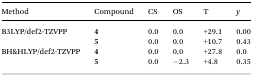
<table><thead><tr><td><b>Method</b></td><td><b>Compound</b></td><td><b>CS</b></td><td><b>OS</b></td><td><b>T</b></td><td><b><i>y</i></b></td></tr></thead><tbody><tr><td rowspan="2">B3LYP/def2-TZVPP</td><td><b>4</b></td><td>0.0</td><td>0.0</td><td>+29.1</td><td>0.00</td></tr><tr><td><b>5</b></td><td>0.0</td><td>0.0</td><td>+10.7</td><td>0.43</td></tr><tr><td rowspan="2">BH&amp;HLYP/def2-TZVPP</td><td><b>4</b></td><td>0.0</td><td>0.0</td><td>+27.8</td><td>0.0</td></tr><tr><td><b>5</b></td><td>0.0</td><td>–2.3</td><td>+4.8</td><td>0.35</td></tr></tbody></table>